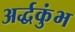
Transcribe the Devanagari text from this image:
अर्द्धकुंभ